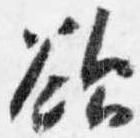
欲